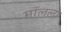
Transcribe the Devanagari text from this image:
मॉलला